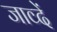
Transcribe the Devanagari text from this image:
जाव्दें